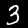
Label: 3